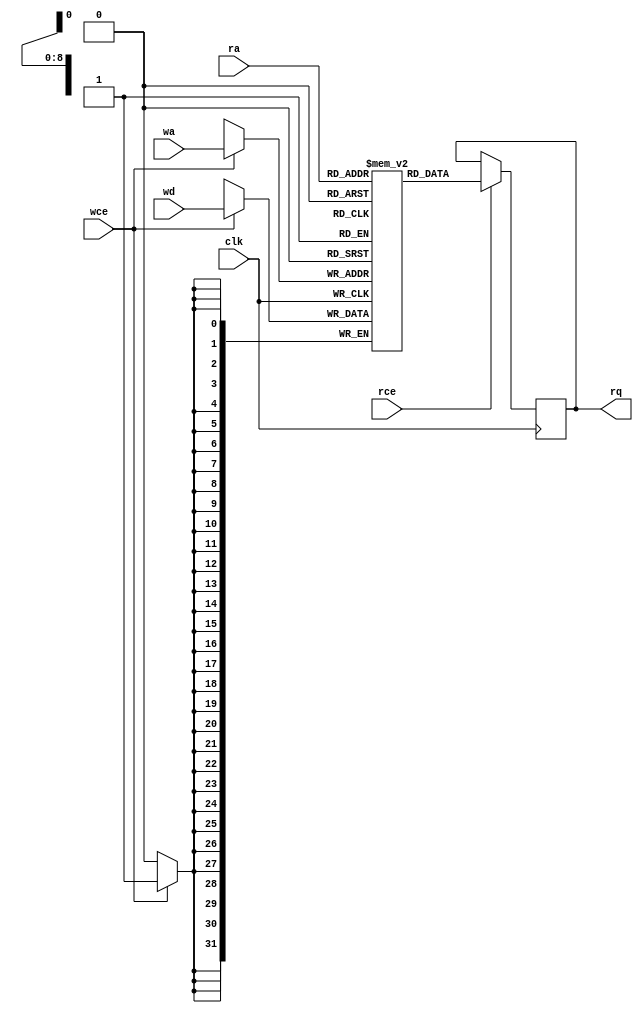
// Copyright 2020-2022 F4PGA Authors
//
// Licensed under the Apache License, Version 2.0 (the "License");
// you may not use this file except in compliance with the License.
// You may obtain a copy of the License at
//
//     http://www.apache.org/licenses/LICENSE-2.0
//
// Unless required by applicable law or agreed to in writing, software
// distributed under the License is distributed on an "AS IS" BASIS,
// WITHOUT WARRANTIES OR CONDITIONS OF ANY KIND, either express or implied.
// See the License for the specific language governing permissions and
// limitations under the License.
//
// SPDX-License-Identifier: Apache-2.0

module BRAM_SDP #(parameter AWIDTH = 9,
parameter DWIDTH = 32)(
	clk,
	rce,
	ra,
	rq,
	wce,
	wa,
	wd
);

	input  			clk;

	input                   rce;
	input      [AWIDTH-1:0] ra;
	output reg [DWIDTH-1:0] rq;

	input                   wce;
	input      [AWIDTH-1:0] wa;
	input      [DWIDTH-1:0] wd;

	reg        [DWIDTH-1:0] memory[0:(1<<AWIDTH)-1];

	always @(posedge clk) begin
		if (rce)
			rq <= memory[ra];

		if (wce)
			memory[wa] <= wd;
	end

	integer i;
	initial
	begin
		for(i = 0; i < (1<<AWIDTH)-1; i = i + 1)
			memory[i] = 0;
	end

endmodule

module BRAM_SDP_36x1024(
	clk,
	rce,
	ra,
	rq,
	wce,
	wa,
	wd
);

parameter AWIDTH = 10;
parameter DWIDTH = 36;

	input  			clk;
	input                   rce;
	input      [AWIDTH-1:0] ra;
	output     [DWIDTH-1:0] rq;
	input                   wce;
	input      [AWIDTH-1:0] wa;
	input      [DWIDTH-1:0] wd;

BRAM_SDP #(.AWIDTH(AWIDTH), .DWIDTH(DWIDTH))
	BRAM_36x1024 (.clk(clk),
		 .rce(rce),
		 .ra(ra),
		 .rq(rq),
		 .wce(wce),
		 .wa(wa),
		 .wd(wd));

endmodule

module BRAM_SDP_32x1024(
	clk,
	rce,
	ra,
	rq,
	wce,
	wa,
	wd
);

parameter AWIDTH = 10;
parameter DWIDTH = 32;

	input  			clk;
	input                   rce;
	input      [AWIDTH-1:0] ra;
	output     [DWIDTH-1:0] rq;
	input                   wce;
	input      [AWIDTH-1:0] wa;
	input      [DWIDTH-1:0] wd;

BRAM_SDP #(.AWIDTH(AWIDTH), .DWIDTH(DWIDTH))
	BRAM_32x1024 (.clk(clk),
		 .rce(rce),
		 .ra(ra),
		 .rq(rq),
		 .wce(wce),
		 .wa(wa),
		 .wd(wd));

endmodule

module BRAM_SDP_18x2048(
	clk,
	rce,
	ra,
	rq,
	wce,
	wa,
	wd
);

parameter AWIDTH = 11;
parameter DWIDTH = 18;

	input  			clk;
	input                   rce;
	input      [AWIDTH-1:0] ra;
	output     [DWIDTH-1:0] rq;
	input                   wce;
	input      [AWIDTH-1:0] wa;
	input      [DWIDTH-1:0] wd;

BRAM_SDP #(.AWIDTH(AWIDTH), .DWIDTH(DWIDTH))
	BRAM_18x2048 (.clk(clk),
		 .rce(rce),
		 .ra(ra),
		 .rq(rq),
		 .wce(wce),
		 .wa(wa),
		 .wd(wd));


endmodule

module BRAM_SDP_16x2048(
	clk,
	rce,
	ra,
	rq,
	wce,
	wa,
	wd
);

parameter AWIDTH = 11;
parameter DWIDTH = 16;

	input  			clk;
	input                   rce;
	input      [AWIDTH-1:0] ra;
	output     [DWIDTH-1:0] rq;
	input                   wce;
	input      [AWIDTH-1:0] wa;
	input      [DWIDTH-1:0] wd;

BRAM_SDP #(.AWIDTH(AWIDTH), .DWIDTH(DWIDTH))
	BRAM_16x2048 (.clk(clk),
		 .rce(rce),
		 .ra(ra),
		 .rq(rq),
		 .wce(wce),
		 .wa(wa),
		 .wd(wd));


endmodule

module BRAM_SDP_9x4096(
	clk,
	rce,
	ra,
	rq,
	wce,
	wa,
	wd
);

parameter AWIDTH = 12;
parameter DWIDTH = 9;

	input  			clk;
	input                   rce;
	input      [AWIDTH-1:0] ra;
	output     [DWIDTH-1:0] rq;
	input                   wce;
	input      [AWIDTH-1:0] wa;
	input      [DWIDTH-1:0] wd;

BRAM_SDP #(.AWIDTH(AWIDTH), .DWIDTH(DWIDTH))
	BRAM_9x4096 (.clk(clk),
		 .rce(rce),
		 .ra(ra),
		 .rq(rq),
		 .wce(wce),
		 .wa(wa),
		 .wd(wd));


endmodule

module BRAM_SDP_8x4096(
	clk,
	rce,
	ra,
	rq,
	wce,
	wa,
	wd
);

parameter AWIDTH = 12;
parameter DWIDTH = 8;

	input  			clk;
	input                   rce;
	input      [AWIDTH-1:0] ra;
	output     [DWIDTH-1:0] rq;
	input                   wce;
	input      [AWIDTH-1:0] wa;
	input      [DWIDTH-1:0] wd;

BRAM_SDP #(.AWIDTH(AWIDTH), .DWIDTH(DWIDTH))
	BRAM_8x4096 (.clk(clk),
		 .rce(rce),
		 .ra(ra),
		 .rq(rq),
		 .wce(wce),
		 .wa(wa),
		 .wd(wd));


endmodule

module BRAM_SDP_4x8192(
	clk,
	rce,
	ra,
	rq,
	wce,
	wa,
	wd
);

parameter AWIDTH = 13;
parameter DWIDTH = 4;

	input  			clk;
	input                   rce;
	input      [AWIDTH-1:0] ra;
	output     [DWIDTH-1:0] rq;
	input                   wce;
	input      [AWIDTH-1:0] wa;
	input      [DWIDTH-1:0] wd;

BRAM_SDP #(.AWIDTH(AWIDTH), .DWIDTH(DWIDTH))
	BRAM_4x8192 (.clk(clk),
		 .rce(rce),
		 .ra(ra),
		 .rq(rq),
		 .wce(wce),
		 .wa(wa),
		 .wd(wd));

endmodule

module BRAM_SDP_2x16384(
	clk,
	rce,
	ra,
	rq,
	wce,
	wa,
	wd
);

parameter AWIDTH = 14;
parameter DWIDTH = 2;

	input  			clk;
	input                   rce;
	input      [AWIDTH-1:0] ra;
	output     [DWIDTH-1:0] rq;
	input                   wce;
	input      [AWIDTH-1:0] wa;
	input      [DWIDTH-1:0] wd;

BRAM_SDP #(.AWIDTH(AWIDTH), .DWIDTH(DWIDTH))
	BRAM_2x16384 (.clk(clk),
		 .rce(rce),
		 .ra(ra),
		 .rq(rq),
		 .wce(wce),
		 .wa(wa),
		 .wd(wd));

endmodule

module BRAM_SDP_1x32768(
	clk,
	rce,
	ra,
	rq,
	wce,
	wa,
	wd
);

parameter AWIDTH = 15;
parameter DWIDTH = 1;

	input  			clk;
	input                   rce;
	input      [AWIDTH-1:0] ra;
	output     [DWIDTH-1:0] rq;
	input                   wce;
	input      [AWIDTH-1:0] wa;
	input      [DWIDTH-1:0] wd;

BRAM_SDP #(.AWIDTH(AWIDTH), .DWIDTH(DWIDTH))
	BRAM_1x32678 (.clk(clk),
		 .rce(rce),
		 .ra(ra),
		 .rq(rq),
		 .wce(wce),
		 .wa(wa),
		 .wd(wd));

endmodule